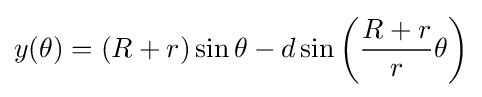
y(\theta )=(R+r)\sin \theta -d\sin \left({R+r \over r}\theta \right)